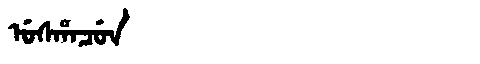
Manchu: ᡠᠰᡥᠠᠴᡠᠨ
Romanization: USHACUN